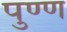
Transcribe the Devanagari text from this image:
पुण्ण